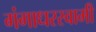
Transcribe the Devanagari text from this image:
गंगाधरस्वामी